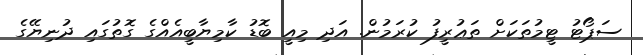
ސަޕޯޓު ޓީމުތަކަށް ތަޢުރީފު ކުރަމުން. އަދި މިއީ ބޮޑު ކާމިޔާބީއެއްގެ ގޮތުގައި ދުނިޔޭގެ